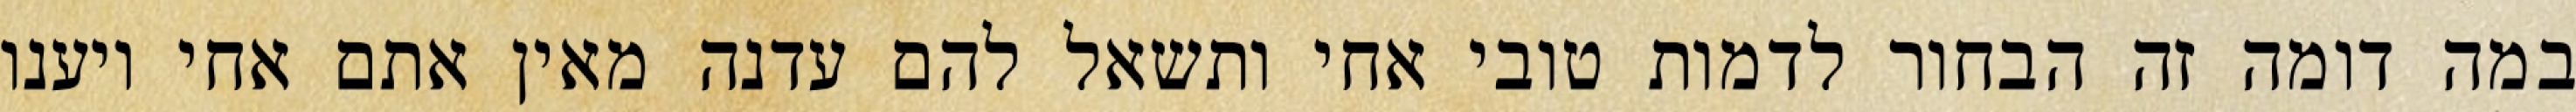
במה דומה זה הבחור לדמות טובי אחי ותשאל להם עדנה מאין אתם אחי ויענו